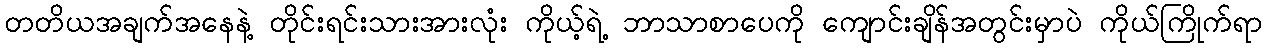
တတိယအချက်အနေနဲ့ တိုင်းရင်းသားအားလုံး ကိုယ့်ရဲ့ ဘာသာစာပေကို ကျောင်းချိန်အတွင်းမှာပဲ ကိုယ်ကြိုက်ရာ